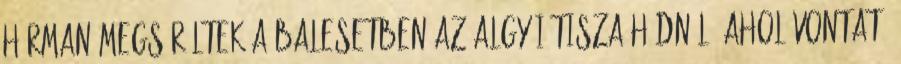
Hárman megsérültek a balesetben az algyői Tisza-hídnál, ahol vontató